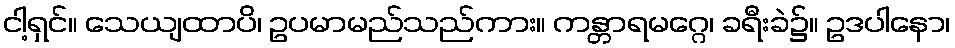
ငါ့ရှင်။ သေယျထာပိ၊ ဥပမာမည်သည်ကား။ ကန္တာရမဂ္ဂေ၊ ခရီးခဲ၌။ ဥဒပါနော၊